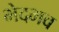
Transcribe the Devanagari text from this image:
भेदभव